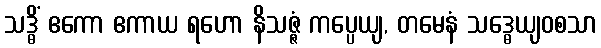
သဒ္ဓိံ ဧကော ဧကာယ ရဟော နိသဇ္ဇံ ကပ္ပေယျ, တမေနံ သဒ္ဓေယျဝစသာ